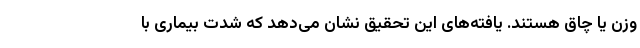
وزن یا چاق هستند. یافته‌های این تحقیق نشان می‌دهد که شدت بیماری با